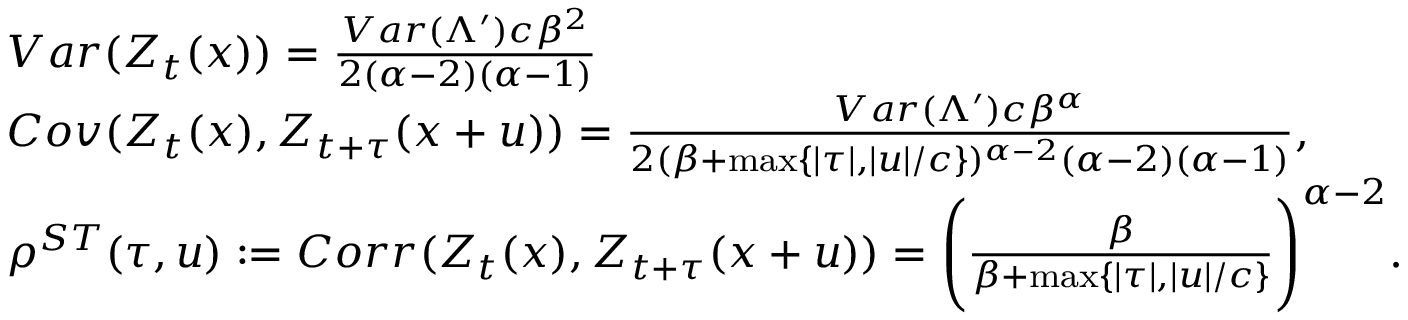
\begin{array} { r l } & { V a r ( \boldsymbol { Z } _ { t } ( x ) ) = \frac { V a r ( \Lambda ^ { \prime } ) c \beta ^ { 2 } } { 2 ( \alpha - 2 ) ( \alpha - 1 ) } } \\ & { C o v ( \boldsymbol { Z } _ { t } ( x ) , \boldsymbol { Z } _ { t + \tau } ( x + u ) ) = \frac { V a r ( \Lambda ^ { \prime } ) c \beta ^ { \alpha } } { 2 ( \beta + \operatorname* { m a x } \{ | \tau | , | u | / c \} ) ^ { \alpha - 2 } ( \alpha - 2 ) ( \alpha - 1 ) } , } \\ & { \rho ^ { S T } ( \tau , u ) : = C o r r ( \boldsymbol { Z } _ { t } ( x ) , \boldsymbol { Z } _ { t + \tau } ( x + u ) ) = \Bigg ( \frac { \beta } { \beta + \operatorname* { m a x } \{ | \tau | , | u | / c \} } \Bigg ) ^ { \alpha - 2 } . } \end{array}